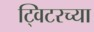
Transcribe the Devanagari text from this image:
ट्विटरच्या